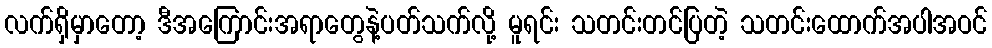
လက်ရှိမှာတော့ ဒီအကြောင်းအရာတွေနဲ့ပတ်သက်လို့ မူရင်း သတင်းတင်ပြတဲ့ သတင်းထောက်အပါအဝင်